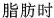
脂肪时